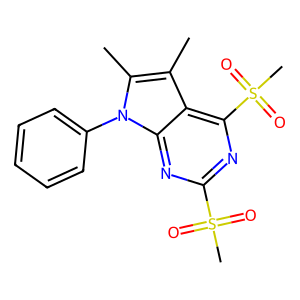
SMILES: Cc1c(C)n(-c2ccccc2)c2nc(S(C)(=O)=O)nc(S(C)(=O)=O)c12
Inhibits HIV replication: No